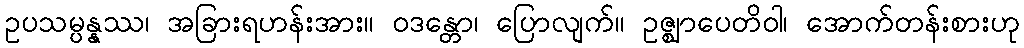
ဥပသမ္ပန္နဿ၊ အခြားရဟန်းအား။ ဝဒန္တော၊ ပြောလျက်။ ဥဇ္ဈာပေတိဝါ၊ အောက်တန်းစားဟု